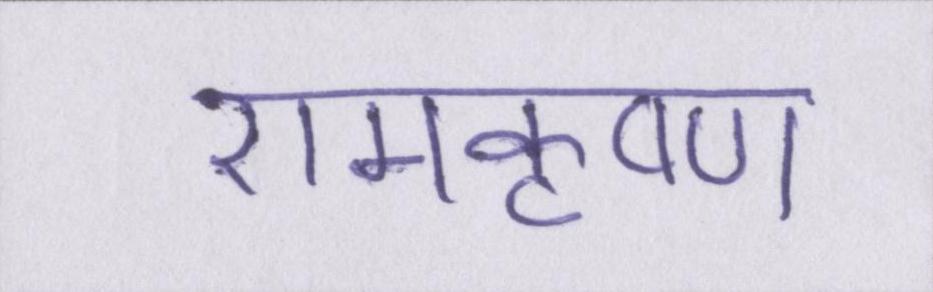
रामकृष्ण